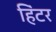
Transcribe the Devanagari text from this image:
हिंटर